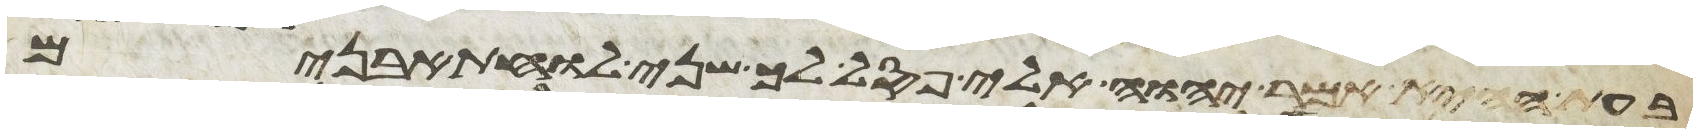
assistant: בעת ההיא אמר יהוה אלי פסל לך שני לוחת אבנים